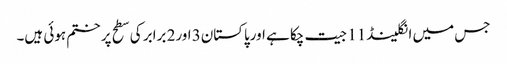
جس میں انگلینڈ11 جیت چکا ہے اورپاکستان3 اور2 برابر کی سطح پر ختم ہوئی ہیں۔